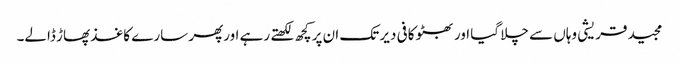
مجید قریشی وہاں سے چلا گیا اور بھٹو کافی دیر تک ان پرکچھ لکھتے رہے اورپھر سارے کاغذ پھاڑ ڈالے۔